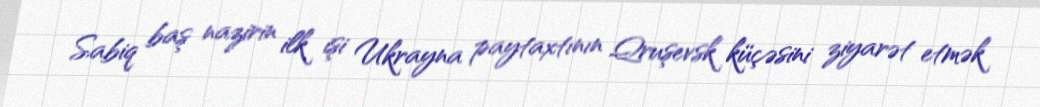
Sabiq baş nazirin ilk işi Ukrayna paytaxtının Qruşevsk küçəsini ziyarət etmək